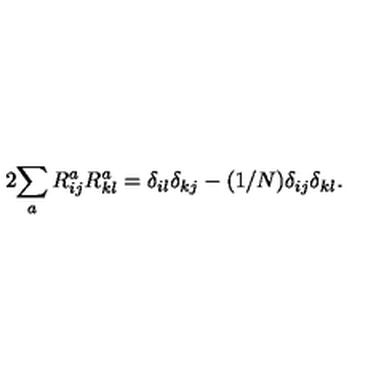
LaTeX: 2 \displaystyle { \sum _ { a } R _ { i j } ^ { a } R _ { k l } ^ { a } = \delta _ { i l } \delta _ { k j } - ( 1 / N ) \delta _ { i j } \delta _ { k l } } .